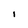
Character: I